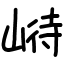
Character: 崻